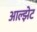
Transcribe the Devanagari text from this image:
आल्झेट